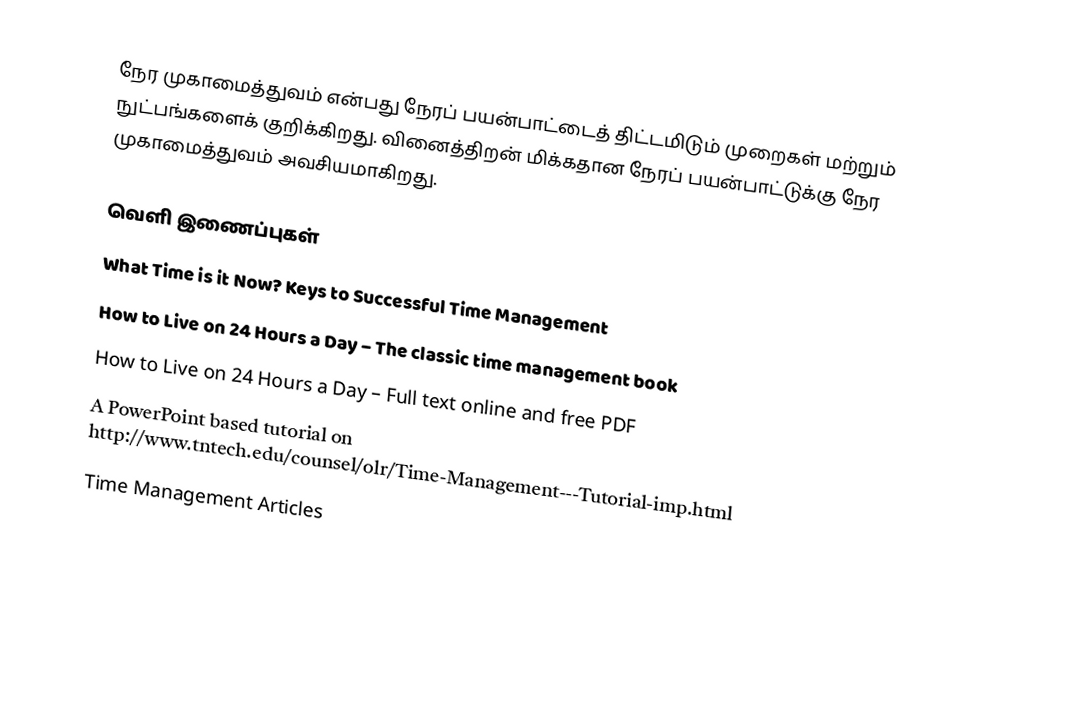
நேர முகாமைத்துவம் என்பது நேரப் பயன்பாட்டைத் திட்டமிடும் முறைகள் மற்றும் நுட்பங்களைக் குறிக்கிறது. வினைத்திறன் மிக்கதான நேரப் பயன்பாட்டுக்கு நேர முகாமைத்துவம் அவசியமாகிறது.

வெளி இணைப்புகள்
 What Time is it Now? Keys to Successful Time Management
 How to Live on 24 Hours a Day  – The classic time management book
 How to Live on 24 Hours a Day  – Full text online and free PDF
 A PowerPoint based tutorial on http://www.tntech.edu/counsel/olr/Time-Management---Tutorial-imp.html
 Time Management Articles